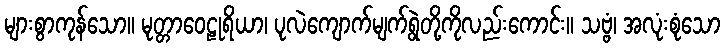
များစွာကုန်သော။ မုတ္တာဝေဠုရိယာ၊ ပုလဲကျောက်မျက်ရွဲတို့ကိုလည်းကောင်း။ သဗ္ဗံ၊ အလုံးစုံသော